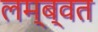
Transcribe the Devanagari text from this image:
लम्ब्वत